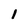
Character: l